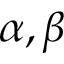
\alpha , \beta